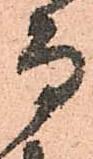
而